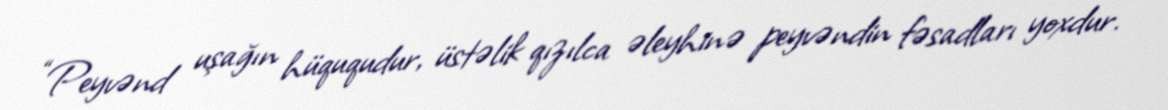
“Peyvənd uşağın hüququdur, üstəlik qızılca əleyhinə peyvəndin fəsadları yoxdur.